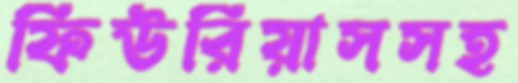
ফিউরিয়াসসহ